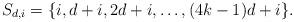
LaTeX: \begin{align*}S_{d,i}=\{i,d+i,2d+i,\ldots,(4k-1)d+i\}.\end{align*}